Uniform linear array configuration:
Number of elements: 16
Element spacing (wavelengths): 0.75
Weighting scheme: uniform
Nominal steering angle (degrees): -30
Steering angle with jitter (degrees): -31.834
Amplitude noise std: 0.05
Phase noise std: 0.05

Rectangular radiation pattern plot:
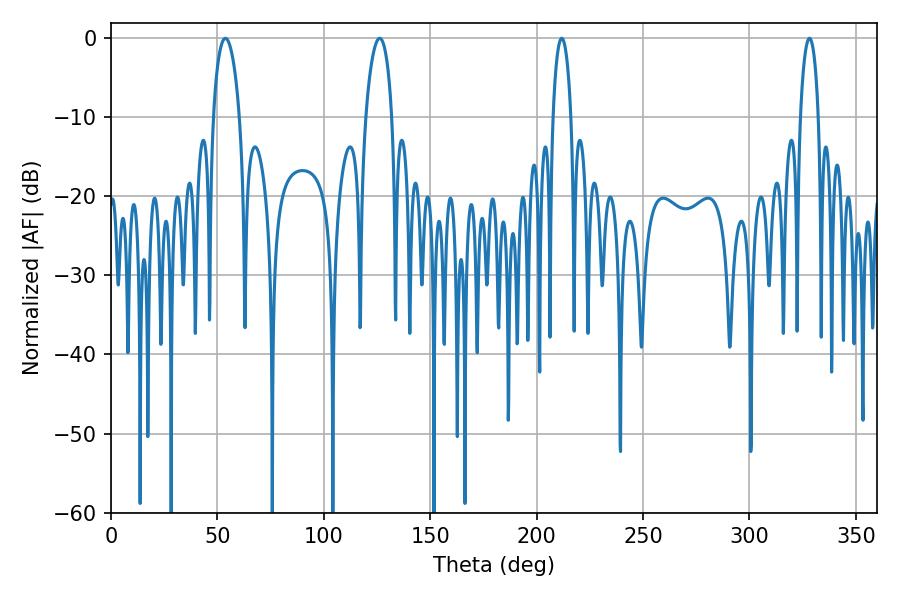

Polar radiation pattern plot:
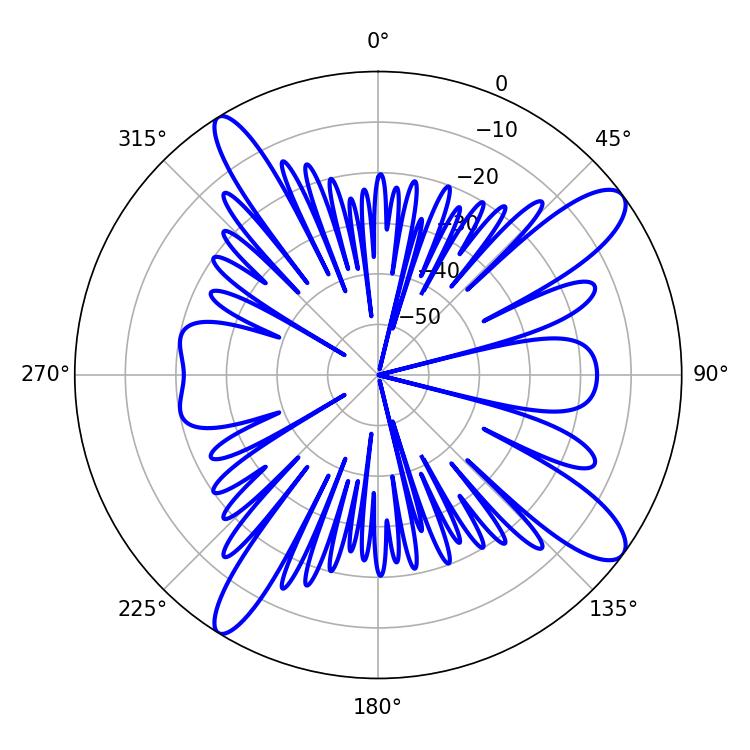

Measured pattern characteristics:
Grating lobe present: TRUE
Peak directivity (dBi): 12.184
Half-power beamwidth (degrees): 7.02
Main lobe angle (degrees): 53.82